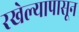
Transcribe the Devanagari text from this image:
रखेल्यापासून